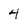
Character: 4